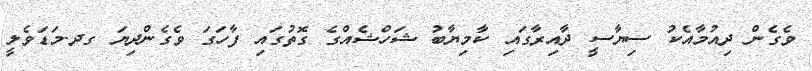
ވެގެން ދިއުމާއެކު ސިޔާސީ ދާއިރާގައި ކާމިޔާބު ޝަހްޝެއްގެ ގޮތުގައި ފާހަގަ ވެގެންދިޔަ ގދ.މަޑަވެލީ